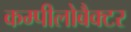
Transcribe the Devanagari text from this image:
कम्पीलोबैक्टर